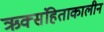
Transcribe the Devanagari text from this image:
ऋक्संहिताकालीन